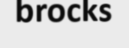
brocks